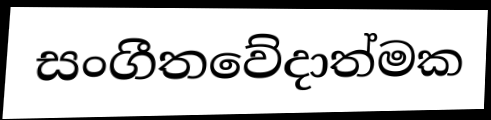
සංගීතවේදාත්මක